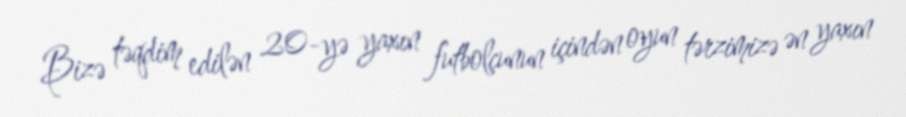
Bizə təqdim edilən 20-yə yaxın futbolçunun içindən oyun tərzimizə ən yaxın